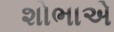
શોભાએ